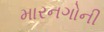
મારનગોની